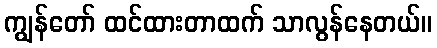
ကျွန်တော် ထင်ထားတာထက် သာလွန်နေတယ်။